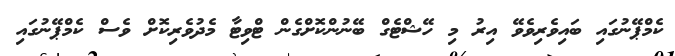
ކެމްޕޭނުގައި ބައިވެރިވެވޭ އިރު މި ހޭޝްޓެގް ބޭނުންކޮށްގެން ޓްވިޓާ މެދުވެރިކޮށް ވެސް ކެމްޕޭނުގައި